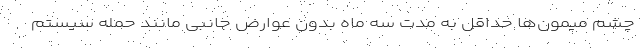
چشم میمون‌ها حداقل به مدت سه ماه بدون عوارض جانبی مانند حمله سیستم